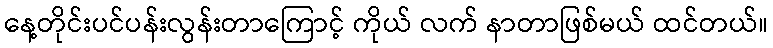
နေ့တိုင်းပင်ပန်းလွန်းတာကြောင့် ကိုယ် လက် နာတာဖြစ်မယ် ထင်တယ်။